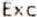
EXC